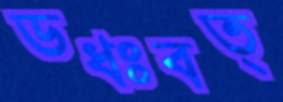
ডধঃবত্